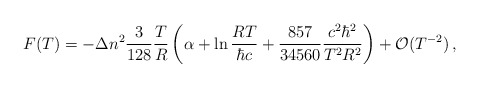
\begin{align*}F(T)=-\Delta n^2\frac{3 }{128}\frac{T}{R}\left (\alpha + \ln\frac{RT}{\hbar c} +\frac{857}{34560} \frac{c^2\hbar^2}{T^2R^2}\right )+{\cal O}(T^{-2})\,{,}\end{align*}